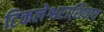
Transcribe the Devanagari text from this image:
टिकलेश्वराशिवाय